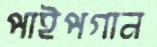
পাইপগান